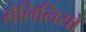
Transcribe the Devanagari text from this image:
गेलिलियो